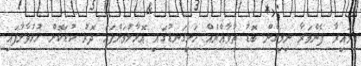
މައިރާ ފެންވަރާ ނިމިގެން ބޮޑު ތުވާއްޔެއް ހަށިގަނޑުގައި އޮޅާލުމަށްފަހު ދޮރު ކުޑަކޮށް ހުޅުވާލާފައި